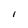
Character: I